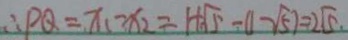
\therefore P Q = x _ { 1 } - x _ { 2 } = 1 + \sqrt { 5 } - ( 1 - \sqrt { 5 } ) = 2 \sqrt { 5 } .